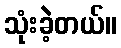
သုံးခဲ့တယ်။